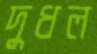
দুধল